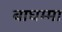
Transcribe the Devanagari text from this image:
बाघम्मा